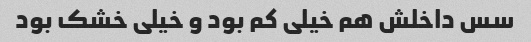
سس داخلش هم خیلی کم بود و خیلی خشک بود